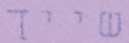
שייך